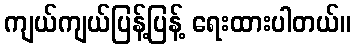
ကျယ်ကျယ်ပြန့်ပြန့် ရေးထားပါတယ်။